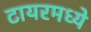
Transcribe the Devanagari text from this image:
टायरमध्ये